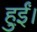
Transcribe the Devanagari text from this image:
हुई़ं।